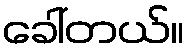
ခေါ်တယ်။